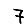
Digit: 7